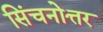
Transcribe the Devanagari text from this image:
सिंचनोत्तर